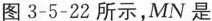
图3-5-22所示，MN是